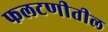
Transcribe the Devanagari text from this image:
फलटणीतील